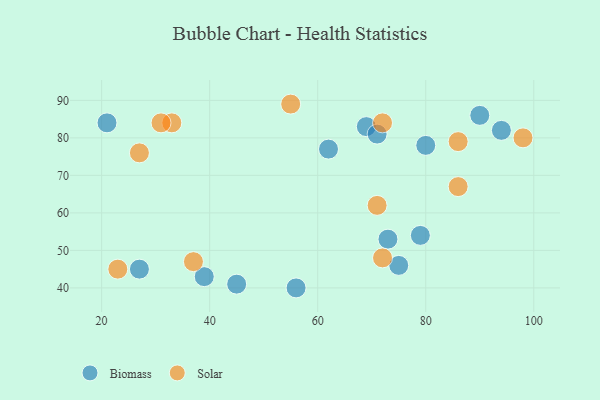
{"axis": {"x": "GDP", "y": "Life Expectancy"}, "legend": ["Biomass", "Solar"], "data": [{"x": "69", "y": 83, "type": "Biomass"}, {"x": "39", "y": 43, "type": "Biomass"}, {"x": "90", "y": 86, "type": "Biomass"}, {"x": "73", "y": 53, "type": "Biomass"}, {"x": "45", "y": 41, "type": "Biomass"}, {"x": "71", "y": 81, "type": "Biomass"}, {"x": "56", "y": 40, "type": "Biomass"}, {"x": "27", "y": 45, "type": "Biomass"}, {"x": "75", "y": 46, "type": "Biomass"}, {"x": "62", "y": 77, "type": "Biomass"}, {"x": "21", "y": 84, "type": "Biomass"}, {"x": "80", "y": 78, "type": "Biomass"}, {"x": "79", "y": 54, "type": "Biomass"}, {"x": "94", "y": 82, "type": "Biomass"}, {"x": "55", "y": 89, "type": "Solar"}, {"x": "27", "y": 76, "type": "Solar"}, {"x": "37", "y": 47, "type": "Solar"}, {"x": "33", "y": 84, "type": "Solar"}, {"x": "98", "y": 80, "type": "Solar"}, {"x": "86", "y": 67, "type": "Solar"}, {"x": "23", "y": 45, "type": "Solar"}, {"x": "31", "y": 84, "type": "Solar"}, {"x": "86", "y": 79, "type": "Solar"}, {"x": "71", "y": 62, "type": "Solar"}, {"x": "72", "y": 84, "type": "Solar"}, {"x": "72", "y": 48, "type": "Solar"}]}